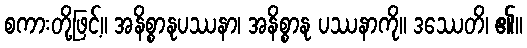
စကားတို့ဖြင့်။ အနိစ္စာနုပဿနာ၊ အနိစ္စာနု ပဿနာကို။ ဒဿေတိ၊ ၏။